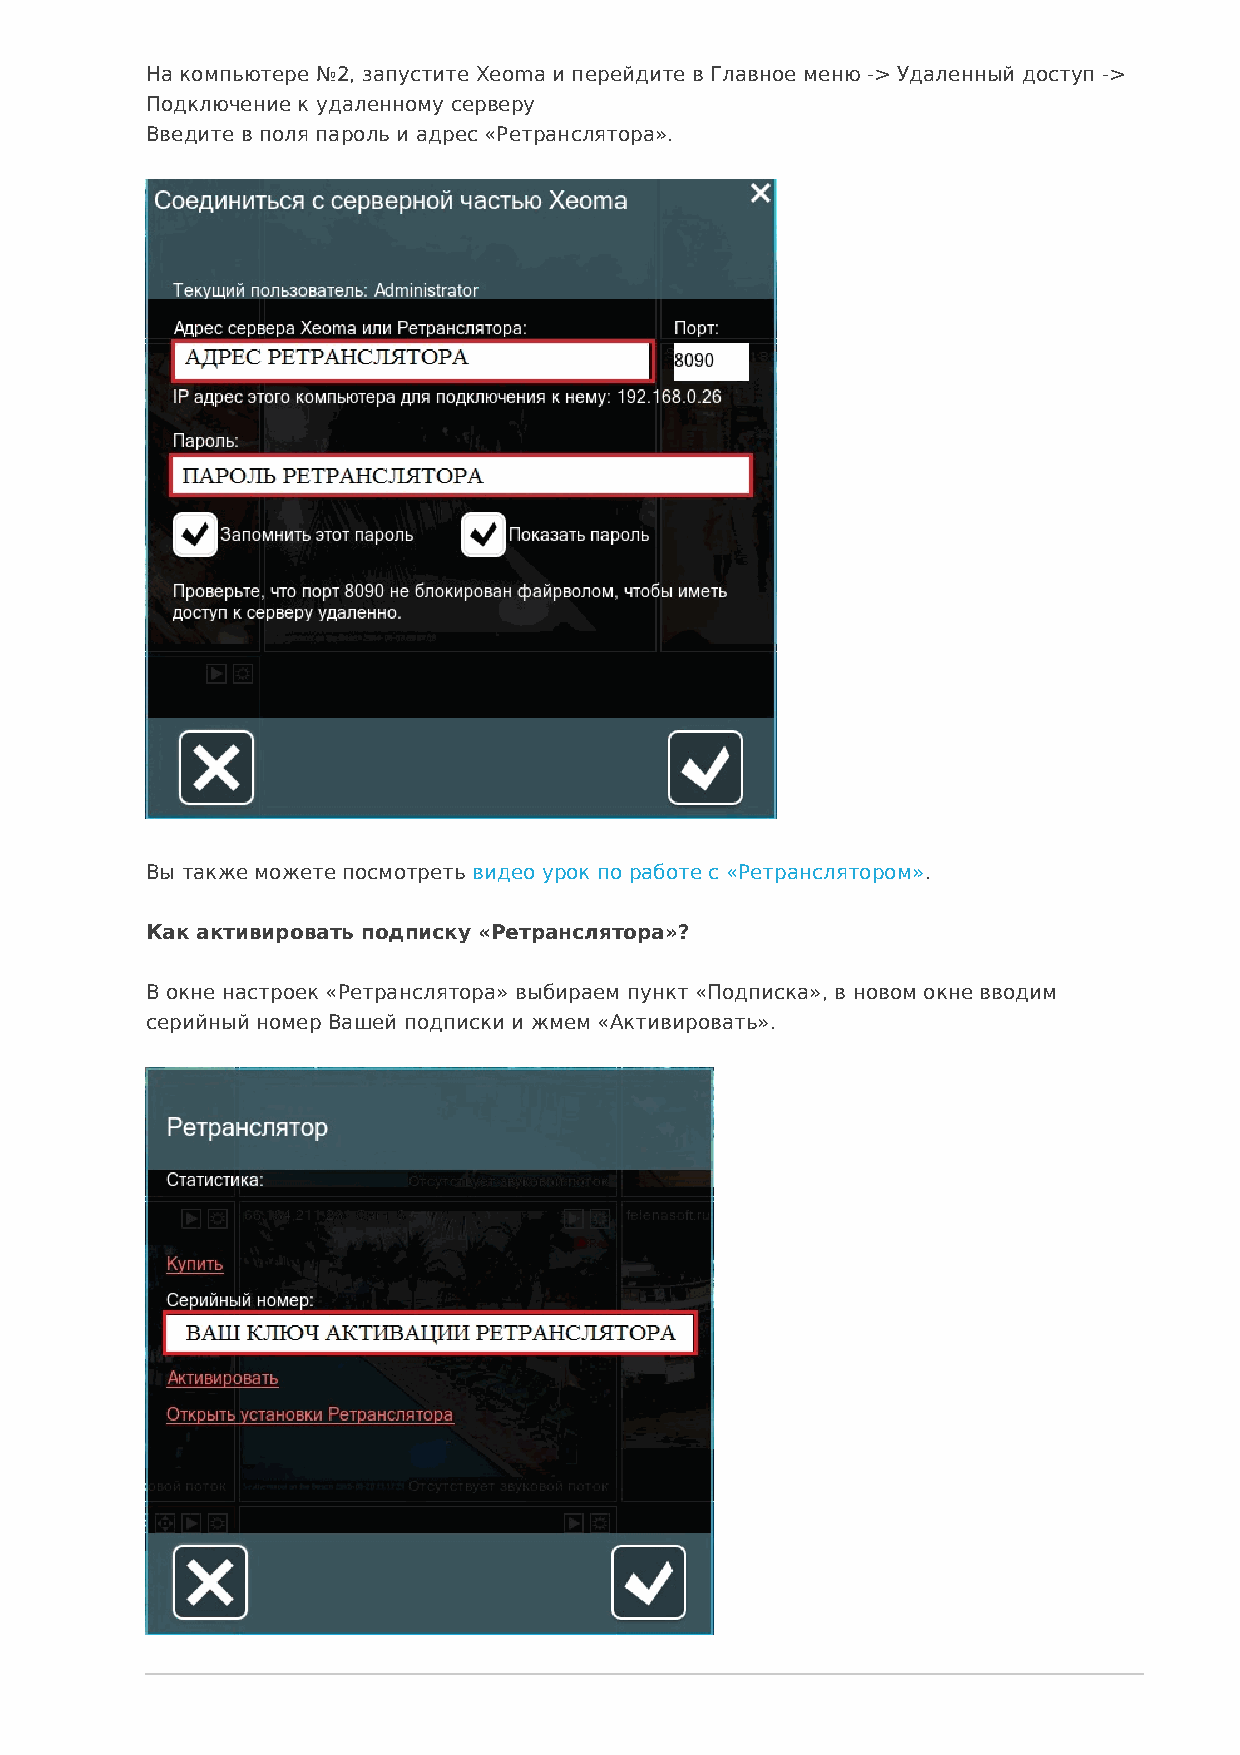
На компьютере №2, запустите Xeoma и перейдите в Главное меню -> Удаленный доступ ->
 Подключение к удаленному серверу
 Введите в поля пароль и адрес «Ретранслятора».
 Вы также можете посмотреть видео урок по работе с «Ретранслятором».
 Как активировать подписку «Ретранслятора»?
 В окне настроек «Ретранслятора» выбираем пункт «Подписка», в новом окне вводим
 серийный номер Вашей подписки и жмем «Активировать».